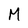
Character: M